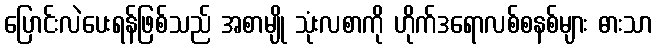
ပြောင်းလဲပေးရန်ဖြစ်သည် အစာမျို သုံးလစာကို ဟိုက်ဒရောလစ်စနစ်များ ဓားသာ